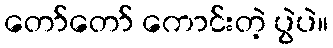
တော်တော် ကောင်းတဲ့ ပွဲပဲ။